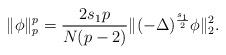
LaTeX: \begin{align*}\|\phi\|_p^p& = \frac{2s_1p}{N(p-2)}\|(-\Delta)^{\frac{s_1}{2}}\phi\|_2^2.\end{align*}